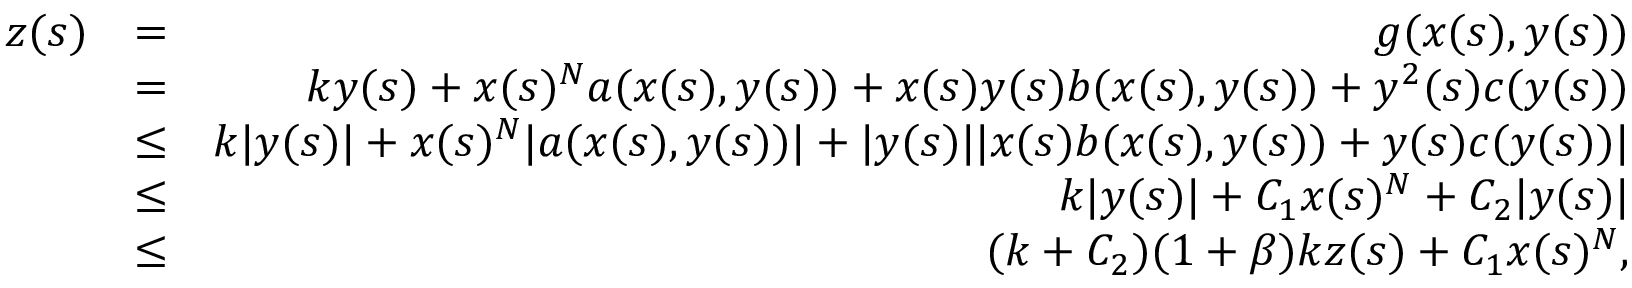
\begin{array} { r l r } { z ( s ) } & { = } & { g ( x ( s ) , y ( s ) ) } \\ & { = } & { k y ( s ) + x ( s ) ^ { N } a ( x ( s ) , y ( s ) ) + x ( s ) y ( s ) b ( x ( s ) , y ( s ) ) + y ^ { 2 } ( s ) c ( y ( s ) ) } \\ & { \leq } & { k | y ( s ) | + x ( s ) ^ { N } | a ( x ( s ) , y ( s ) ) | + | y ( s ) | | x ( s ) b ( x ( s ) , y ( s ) ) + y ( s ) c ( y ( s ) ) | } \\ & { \leq } & { k | y ( s ) | + C _ { 1 } x ( s ) ^ { N } + C _ { 2 } | y ( s ) | } \\ & { \leq } & { ( k + C _ { 2 } ) ( 1 + \beta ) k z ( s ) + C _ { 1 } x ( s ) ^ { N } , } \end{array}